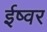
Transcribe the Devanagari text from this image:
ईष्वर